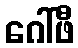
ဂေါ်ဖီ